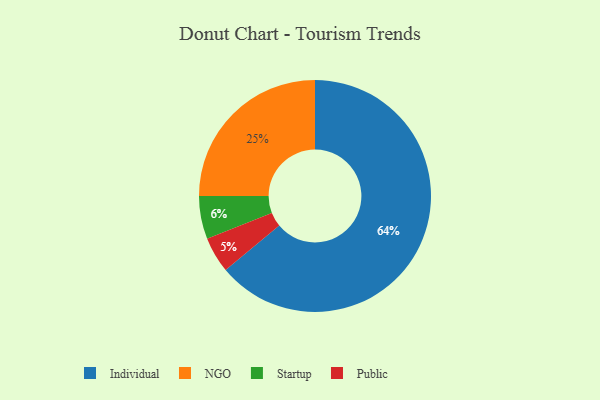
{"axis": {"x": "Category", "y": "Percentage"}, "legend": ["Individual", "NGO", "Public", "Startup"], "data": [{"x": "Individual", "y": 64, "type": "Individual"}, {"x": "Public", "y": 5, "type": "Public"}, {"x": "NGO", "y": 25, "type": "NGO"}, {"x": "Startup", "y": 6, "type": "Startup"}]}